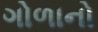
ગોળાનો